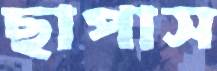
ছাপাস